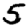
Digit: 5